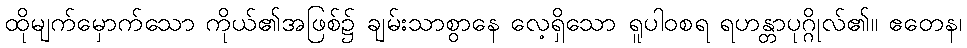
ထိုမျက်မှောက်သော ကိုယ်၏အဖြစ်၌ ချမ်းသာစွာနေ လေ့ရှိသော ရူပါဝစရ ရဟန္တာပုဂ္ဂိုလ်၏။ ဧတေန၊